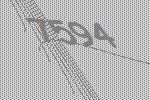
7594